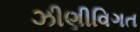
ઝીણીવિગત